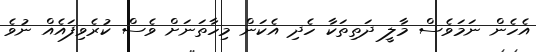
އެހެން ނަމަވެސް މާލީ ދަތިތަކާ ހެދި އެކަން މިހާތަނަށް ވެސް ކުރެވިފައެއް ނުވެ